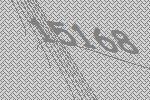
15168